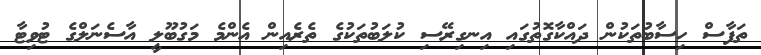
ތަފާސް ހިސާބުތަކުން ދައްކާގޮތުގައި އިނގިރޭސި ކުލަބުތަކުގެ ތެރެއިން އެންމެ މަގުބޫލީ އާސެނަލްގެ ޓުވިޓާ